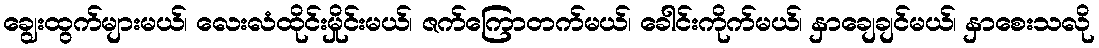
ချွေးထွက်များမယ်၊ လေးလံထိုင်းမှိုင်းမယ်၊ ဇက်ကြောတက်မယ်၊ ခေါင်းကိုက်မယ်၊ နှာချေချင်မယ်၊ နှာစေးသလို